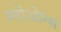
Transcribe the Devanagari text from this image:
ग्लोओन्स